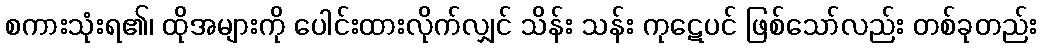
စကားသုံးရ၏၊ ထိုအများကို ပေါင်းထားလိုက်လျှင် သိန်း သန်း ကုဋေပင် ဖြစ်သော်လည်း တစ်ခုတည်း